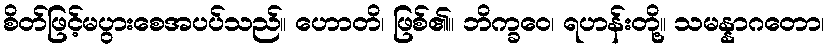
စိတ်ဖြင့်မပွားစေအပပ်သည်။ ဟောတိ၊ ဖြစ်၏။ ဘိက္ခဝေ၊ ရဟန်းတို့။ သမန္နာဂတော၊